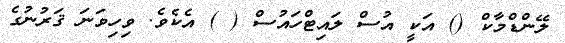
ލޭންޑްމާކް () އަކީ އުސް ލައިޓްހައުސް ( ) އެކެވެ. ވިހިވަނަ ޤަރުނުގެ